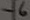
Text: -6